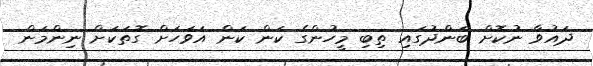
ދައުވާ ނުކޮށް ބަންދުގައި ތިބި މީހުންގެ ކަން ކަން އަވަހަށް ގޮތަކަށް ނިންމަން